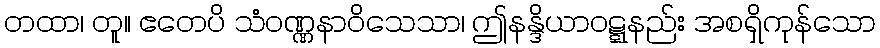
တထာ၊ တူ။ ဧတေပိ သံဝဏ္ဏနာဝိသေသာ၊ ဤနန္ဒိယာဝဋ္ဋနည်း အစရှိကုန်သော